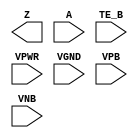
/**
 * Copyright 2020 The SkyWater PDK Authors
 *
 * Licensed under the Apache License, Version 2.0 (the "License");
 * you may not use this file except in compliance with the License.
 * You may obtain a copy of the License at
 *
 *     https://www.apache.org/licenses/LICENSE-2.0
 *
 * Unless required by applicable law or agreed to in writing, software
 * distributed under the License is distributed on an "AS IS" BASIS,
 * WITHOUT WARRANTIES OR CONDITIONS OF ANY KIND, either express or implied.
 * See the License for the specific language governing permissions and
 * limitations under the License.
 *
 * SPDX-License-Identifier: Apache-2.0
 */

`ifndef SKY130_FD_SC_LP__BUSDRIVERNOVLP2_PP_BLACKBOX_V
`define SKY130_FD_SC_LP__BUSDRIVERNOVLP2_PP_BLACKBOX_V

/**
 * busdrivernovlp2: Bus driver, enable gates pulldown only (pmos
 *                  devices).
 *
 * Verilog stub definition (black box with power pins).
 *
 * WARNING: This file is autogenerated, do not modify directly!
 */

`timescale 1ns / 1ps
`default_nettype none

(* blackbox *)
module sky130_fd_sc_lp__busdrivernovlp2 (
    Z   ,
    A   ,
    TE_B,
    VPWR,
    VGND,
    VPB ,
    VNB
);

    output Z   ;
    input  A   ;
    input  TE_B;
    input  VPWR;
    input  VGND;
    input  VPB ;
    input  VNB ;
endmodule

`default_nettype wire
`endif  // SKY130_FD_SC_LP__BUSDRIVERNOVLP2_PP_BLACKBOX_V